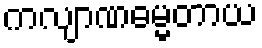
ကလျာဏဓမ္မတာယ